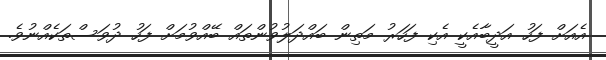
އެއަށް ފަހު އަދީބާއެކީ އެކި ފަހަރު މަތިން ބައްދަލުވުންތައް ބޭއްވުމަށް ފަހު ދުވަސްތަކެއްނުވެ.